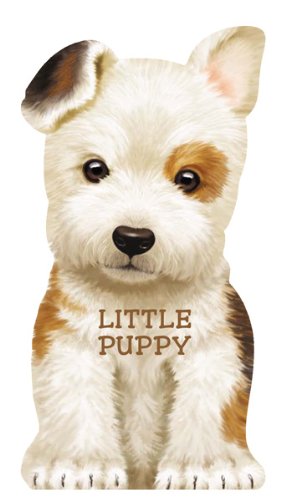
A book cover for Little Puppy (Mini Look at Me Books); Children's Books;